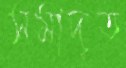
সমাদৃত